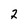
Character: 2